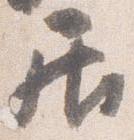
居